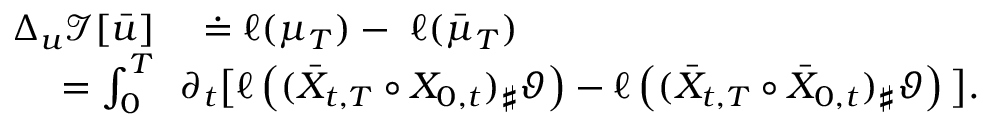
\begin{array} { r l } { \Delta _ { u } \mathcal I [ \bar { u } ] } & { { } \doteq \ell ( \mu _ { T } ) - \ \ell ( \bar { \mu } _ { T } ) } \\ { = \int _ { 0 } ^ { T } } & { { } \! \! \partial _ { t } \big [ \ell \left( ( \bar { X } _ { t , T } \circ X _ { 0 , t } ) _ { \sharp } \vartheta \right) - \ell \left( ( \bar { X } _ { t , T } \circ \bar { X } _ { 0 , t } ) _ { \sharp } \vartheta \right) \big ] \d t . } \end{array}